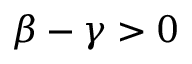
\beta - \gamma > 0